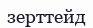
зерттейд